Bréfritari: Finnur Ólafsson
Viðtakandi: Einar Friðgeirsson
Dagsetning: A-1890-01-02
Skrifað á: Múlakoti  Mýr.
Óvíst

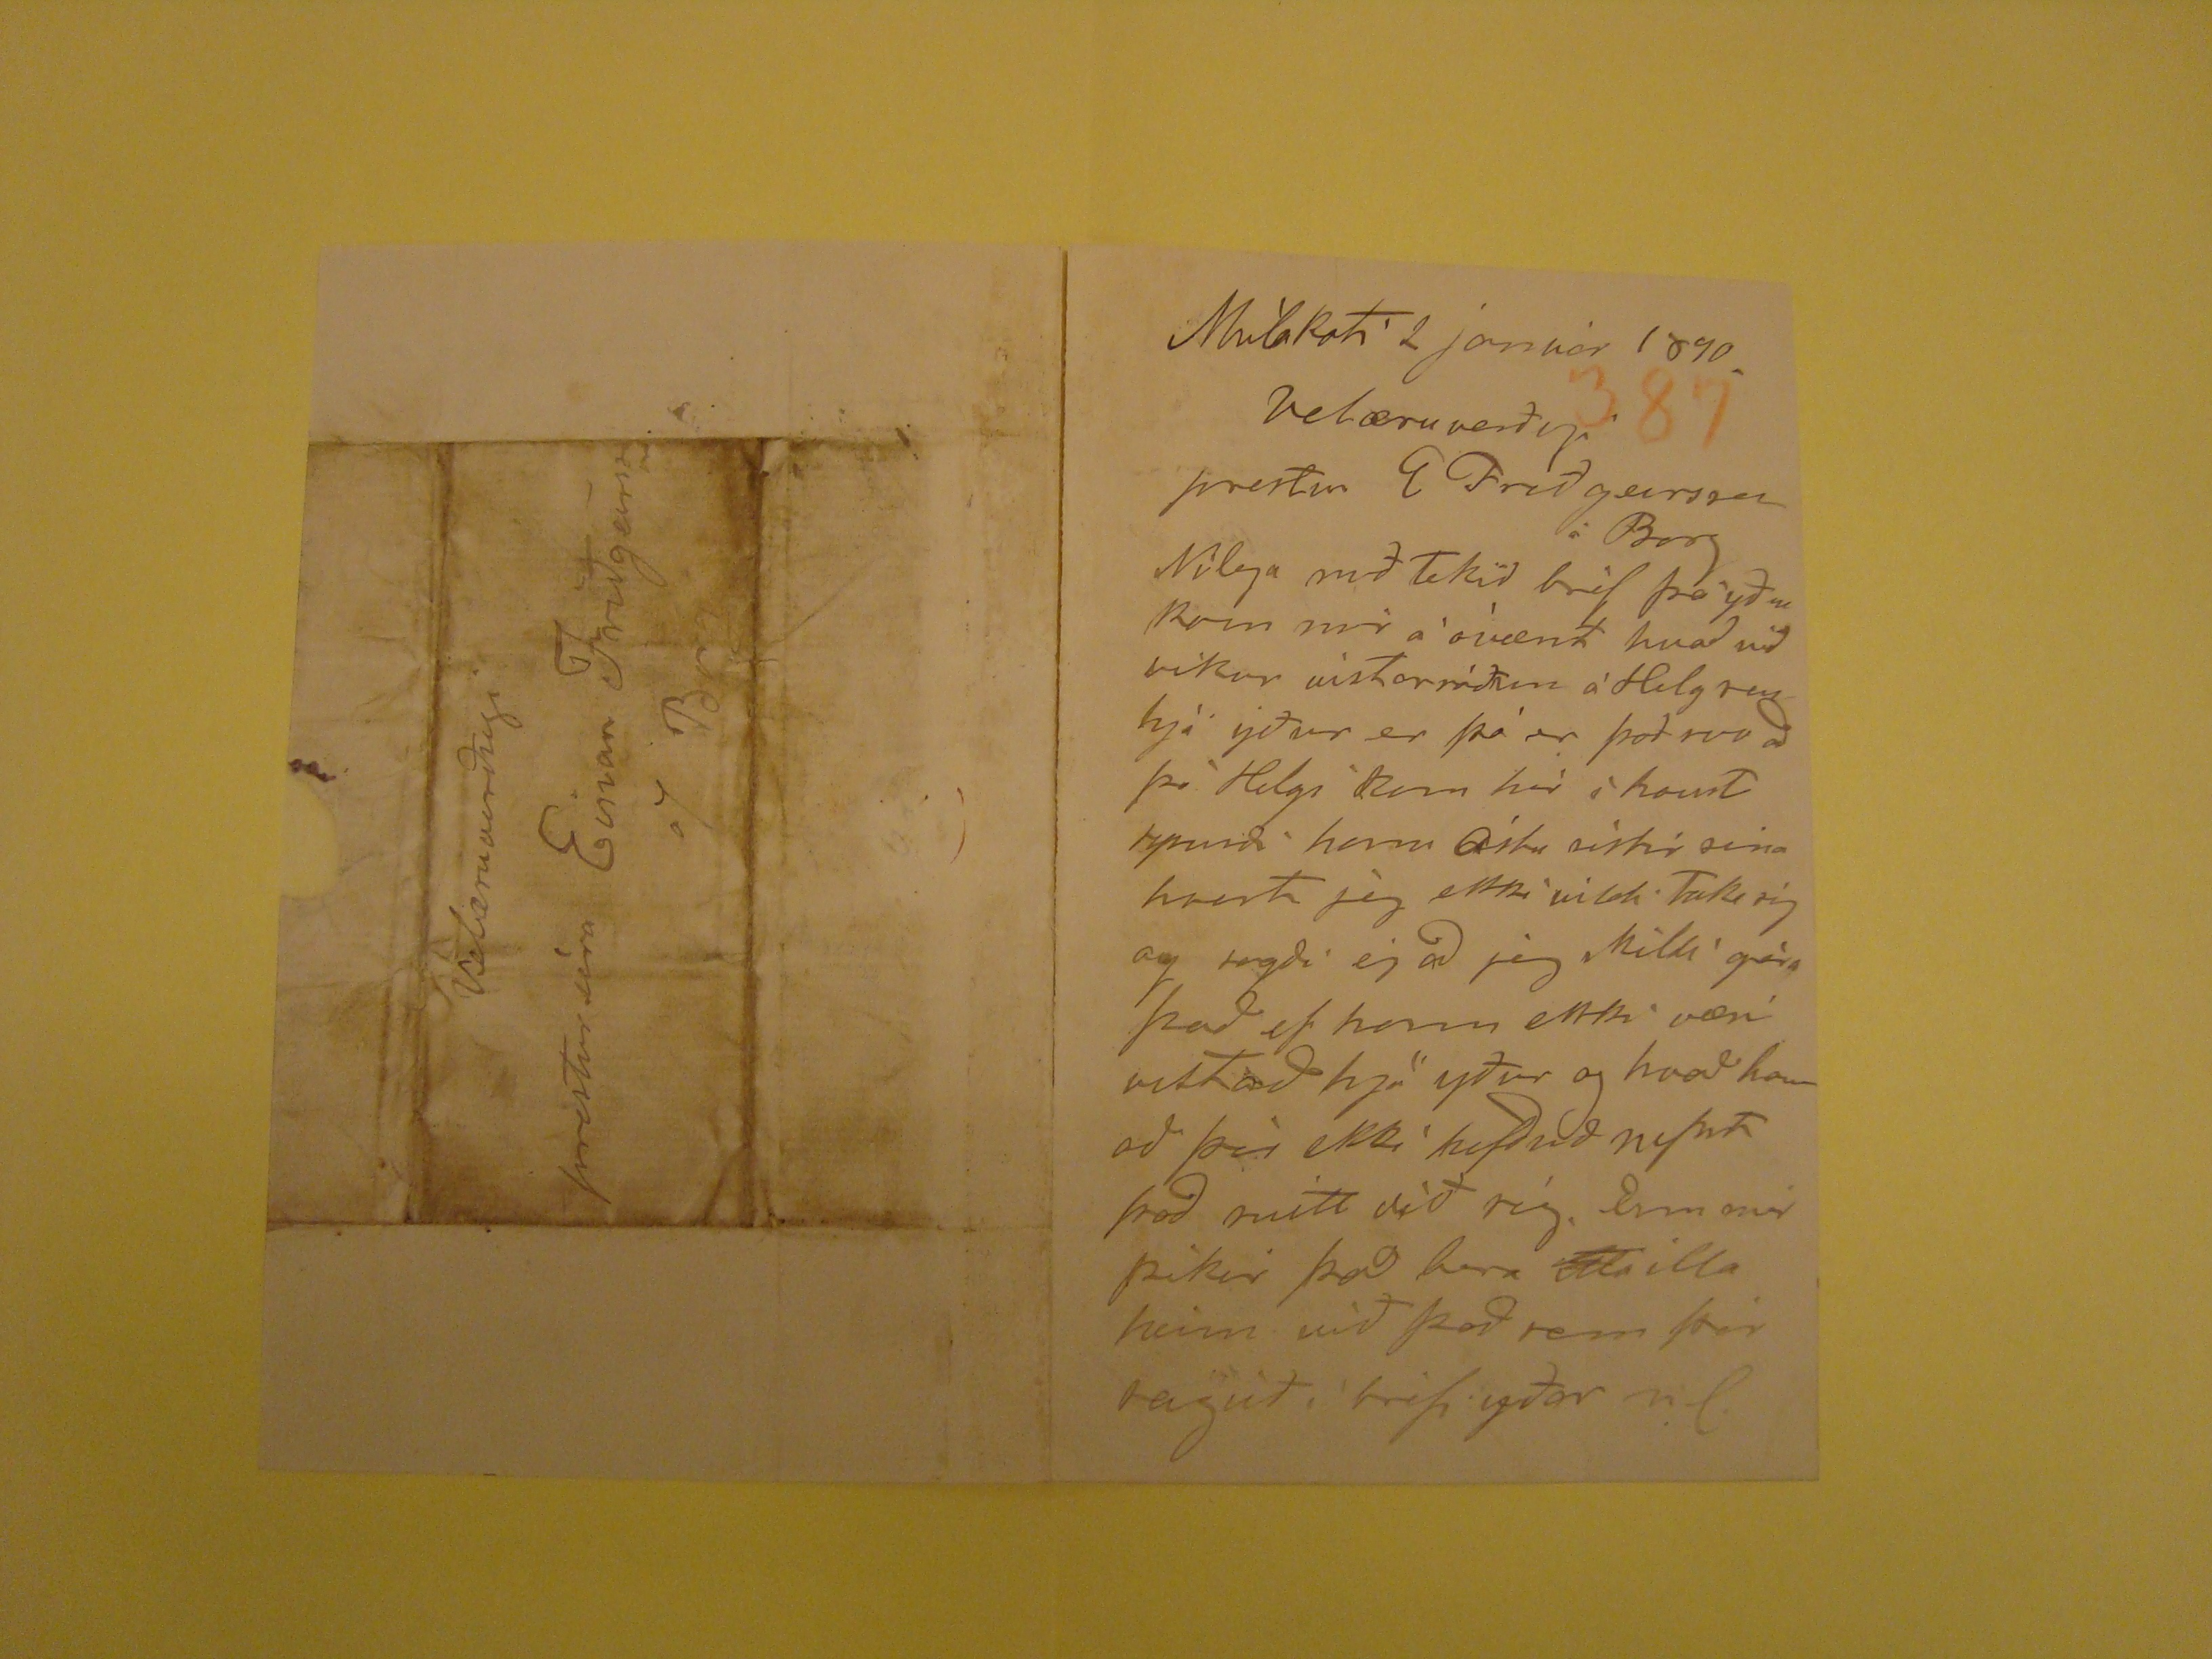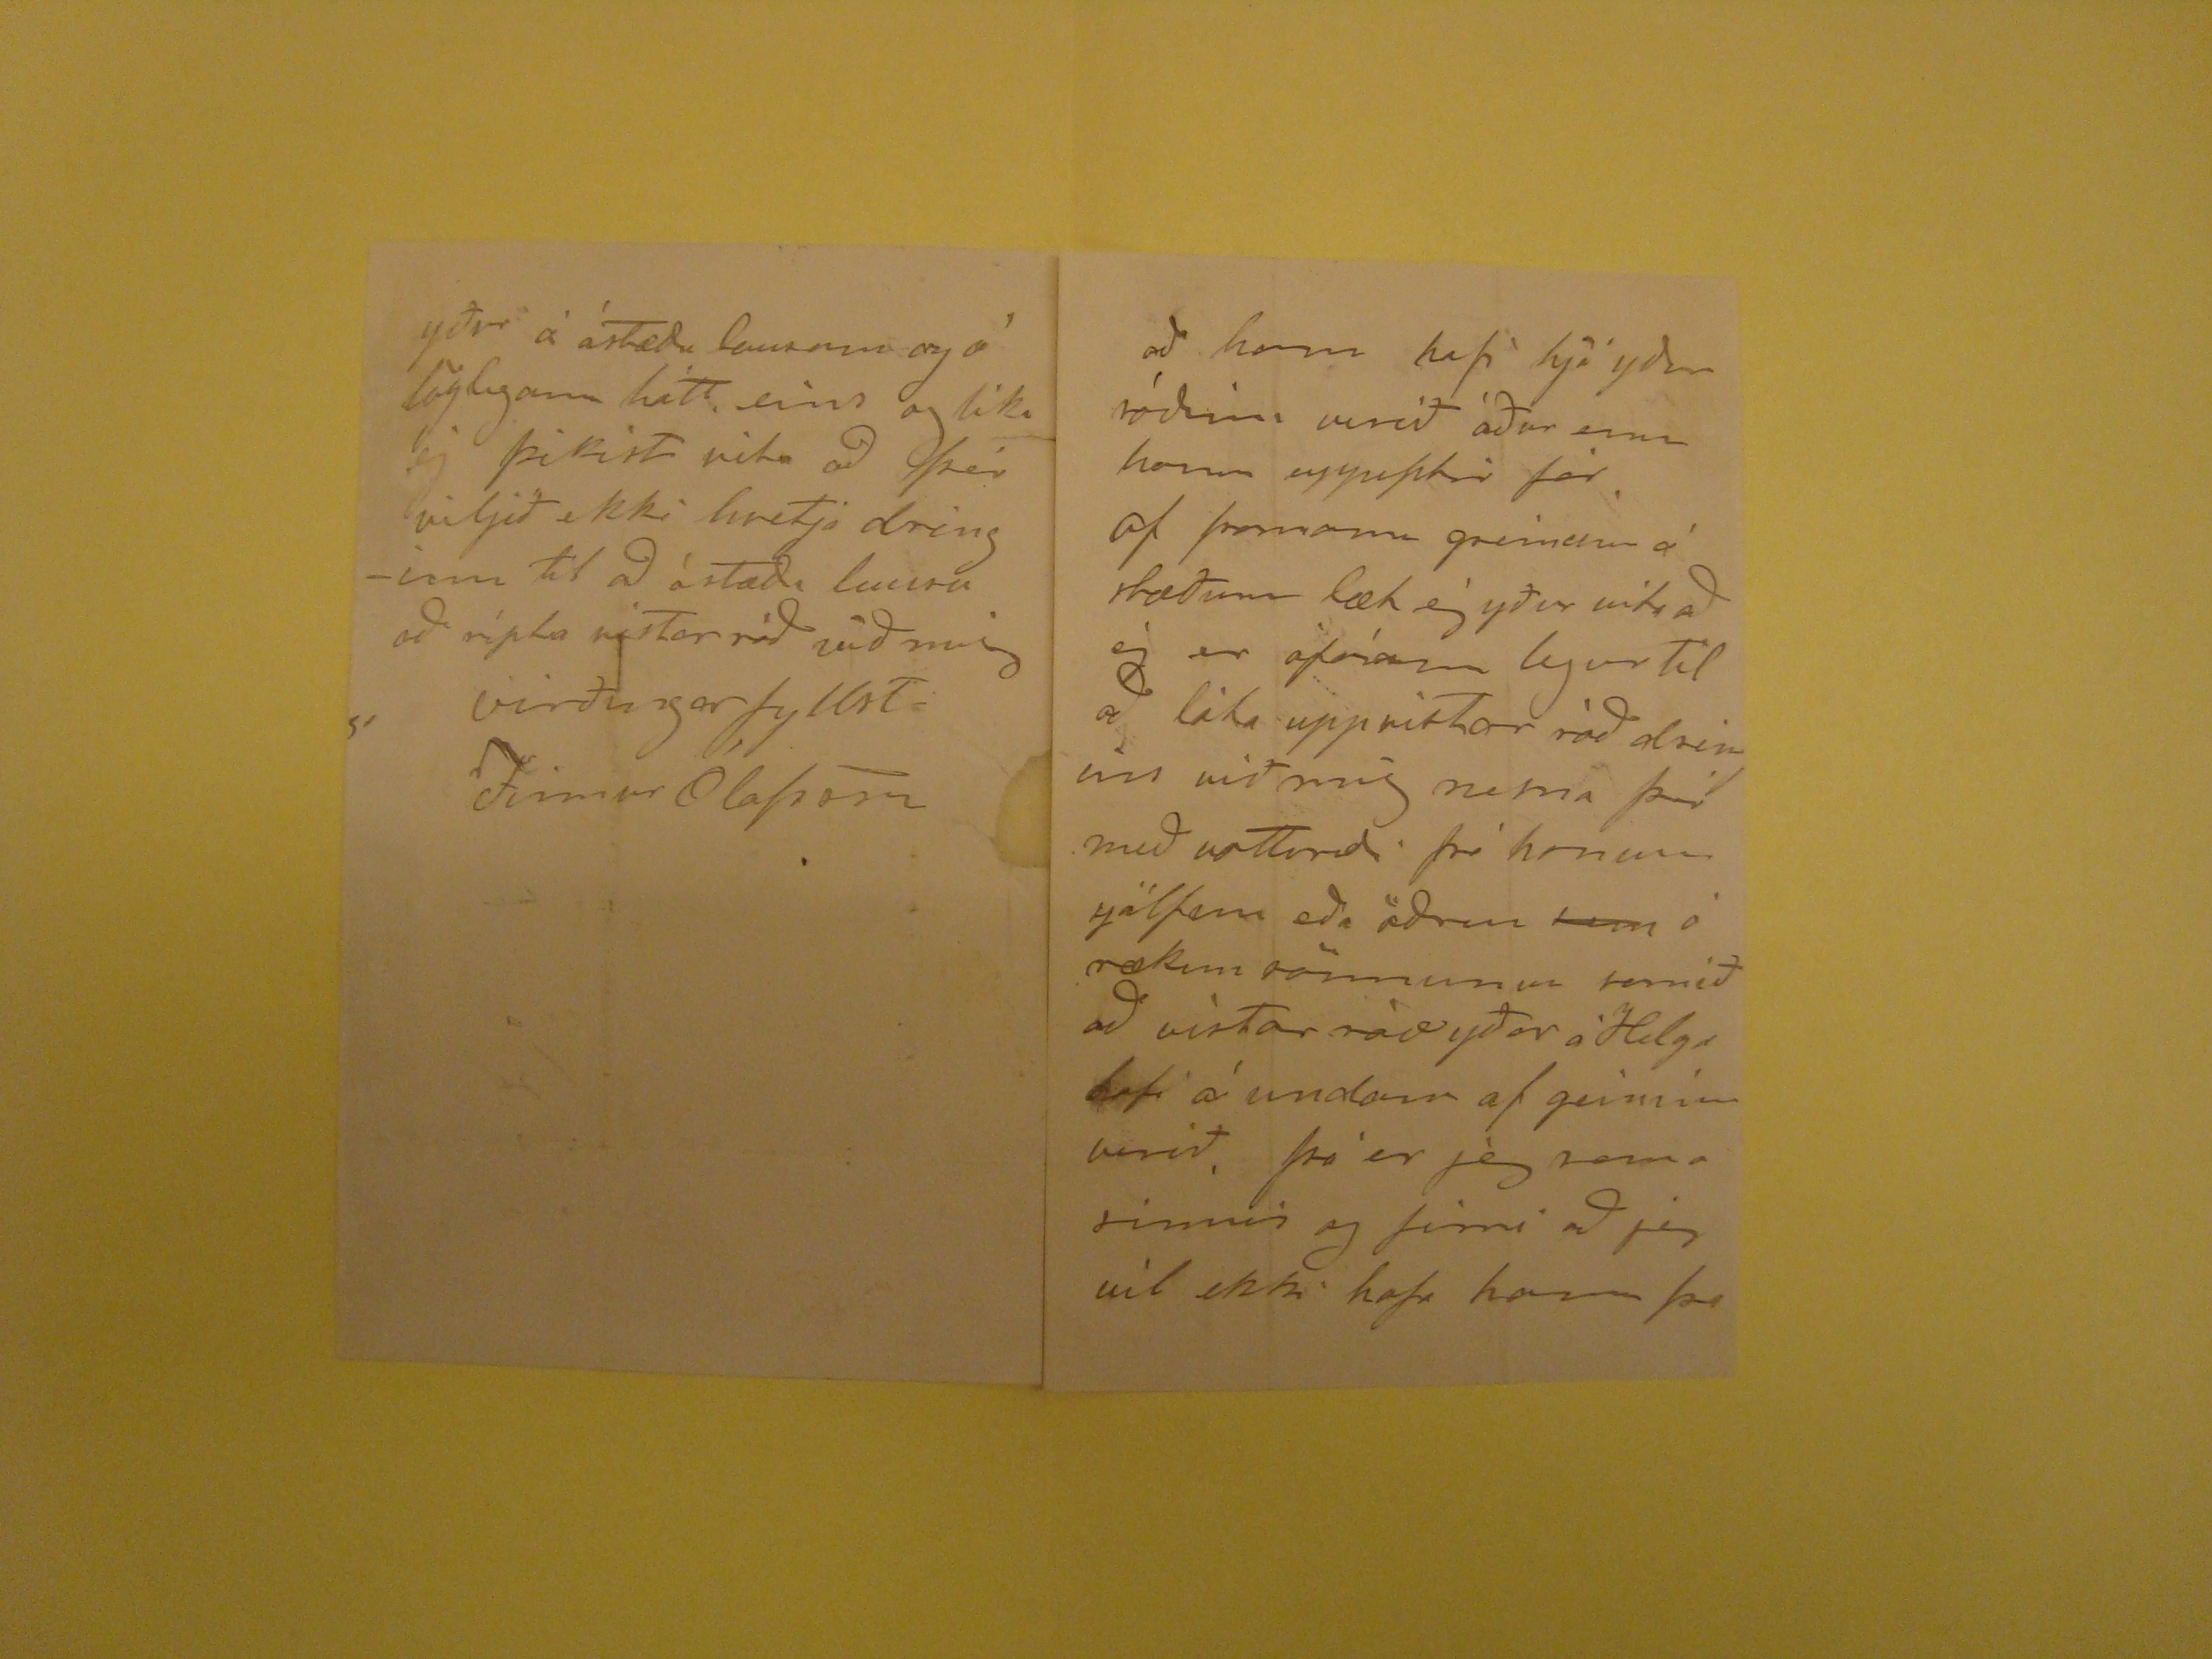

Múlakoti 2 janúar 1890
Velæruverðugi
prestur E Friðgeirsson á Borg
Nílega meðtekið bréf frá yður kom mér á óvænt hvað við vikur vistarráðum á Helgrey hjá yður er þá er það svo að þó Helgi kom hér í haust
tynnði
hann Ástu sistir sina hvert jeg ekki vildi Taka sig og sagði eg að jeg skilli géra það ef hann ekki væri vistað hjá yður og hvað hann að því ekki hefðuð
??
það mitt við sig. Enn mér þikir það bara
ill
illa heim við það sem þér sagið í bréfi yðar vil.
að hann hafi hjá yður róðinn verið áður enn hann uppeptir fór af framann greinum á stæðum læg ég yður vita að ég er ófáann legur til að láta uppvistar ráð dreinin
við mig nema þér með vottord frá honum sjálfum eða öðrum
sem
ó rækum sönnunum seemið að vistar ráð yðar á Helga
hofi
á undann af geiminn verið, þá er jeg sama sinnis og firri að jeg vil ekki hafa hann þo
yður á ástæðu lausum og á löglegann hátt eins og líka ég þikist vita að þér viljið ekki hvetja dringinn til að ástæði lausu að ripta vistarráð við mig
virðingarfyllsti
Finnur Ólafson
Velæruverðugi
prestur séra Einar Friðgeirsson
a/ Borg